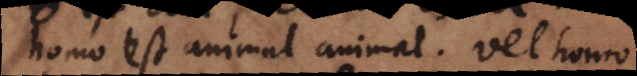
homo est animal animal, vel homo